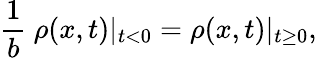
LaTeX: \frac{1}{b}~\rho(x,t)\vert_{t<0}=\rho(x,t)\vert_{t\geq 0},